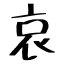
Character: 哀